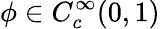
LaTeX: \phi\in C_{c}^{\infty}(0,1)